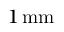
1 \, \mathrm { m m }